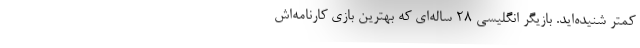
کمتر شنیده‌اید. بازیگر انگلیسی ۲۸ ساله‌ای که بهترین بازی کارنامه‌اش